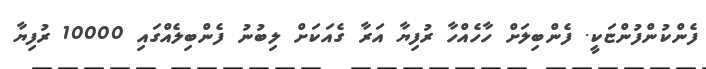
ފެންކުންފުންޏަކީ. ފެންބިލަށް ހާހެއްހާ ރުފިޔާ އަރާ ގެއަކަށް ލިބުނު ފެންބިލެއްގައި 10000 ރުފިޔާ